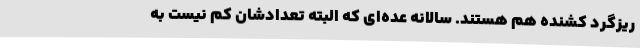
ریزگرد کشنده‌ هم هستند. سالانه عده‌ای که البته تعدادشان کم نیست به